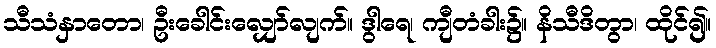
သီသံနှာတော၊ ဦးခေါင်းလျှော်လျက်။ ဒွါရေ၊ ကျီတံခါး၌။ နိသီဒိတွာ၊ ထိုင်၍။